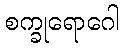
စက္ခုရောဂေါ